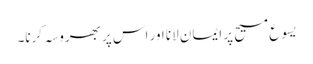
یسوع مسیح پر ایمان لانا اور اس پر بھروسہ کرنا۔